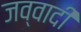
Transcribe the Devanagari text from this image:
जव्वादी